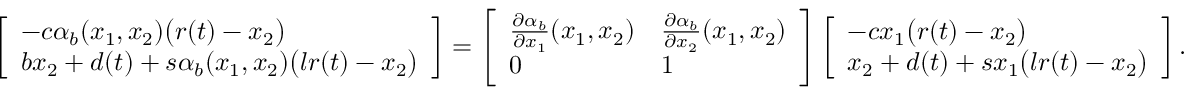
\begin{array} { r } { \left[ \begin{array} { l } { - c \alpha _ { b } ( x _ { 1 } , x _ { 2 } ) \big ( r ( t ) - x _ { 2 } \big ) } \\ { b x _ { 2 } + d ( t ) + s \alpha _ { b } ( x _ { 1 } , x _ { 2 } ) \big ( l r ( t ) - x _ { 2 } \big ) } \end{array} \right] = \left[ \begin{array} { l l } { \frac { \partial \alpha _ { b } } { \partial x _ { 1 } } ( x _ { 1 } , x _ { 2 } ) } & { \frac { \partial \alpha _ { b } } { \partial x _ { 2 } } ( x _ { 1 } , x _ { 2 } ) } \\ { 0 } & { 1 } \end{array} \right] \left[ \begin{array} { l } { - c x _ { 1 } \big ( r ( t ) - x _ { 2 } \big ) } \\ { x _ { 2 } + d ( t ) + s x _ { 1 } \big ( l r ( t ) - x _ { 2 } \big ) } \end{array} \right] . } \end{array}